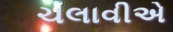
ચલાવીએ